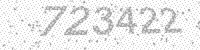
Solution: 723422